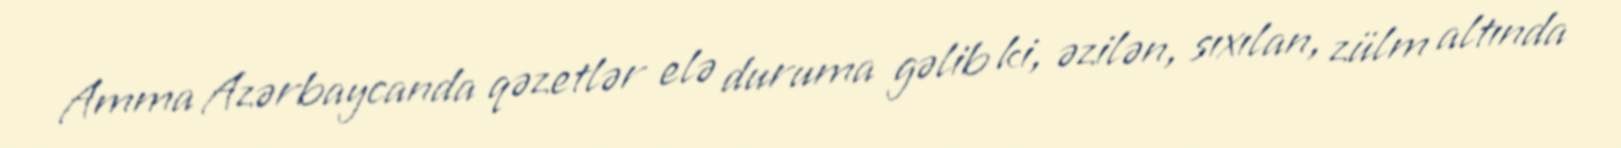
Amma Azərbaycanda qəzetlər elə duruma gəlib ki, əzilən, sıxılan, zülm altında